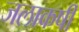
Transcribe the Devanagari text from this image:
जलाकर्षी